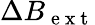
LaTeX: \Delta B_{\mathrm{~e~x~t~}}